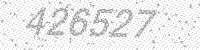
Solution: 426527